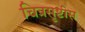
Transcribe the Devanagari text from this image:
चित्रसृष्टीस